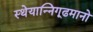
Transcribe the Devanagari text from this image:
स्थेयान्निगूढमानो